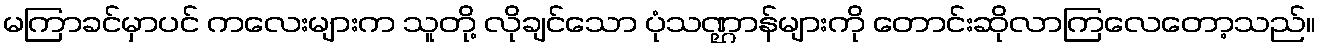
မကြာခင်မှာပင် ကလေးများက သူတို့ လိုချင်သော ပုံသဏ္ဌာန်များကို တောင်းဆိုလာကြလေတော့သည်။